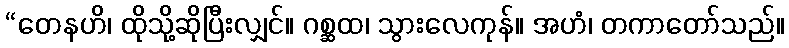
“တေနဟိ၊ ထိုသို့ဆိုပြီးလျှင်။ ဂစ္ဆထ၊ သွားလေကုန်။ အဟံ၊ တကာတော်သည်။